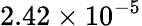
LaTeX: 2.42\times 10^{-5}